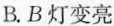
B.B灯变亮